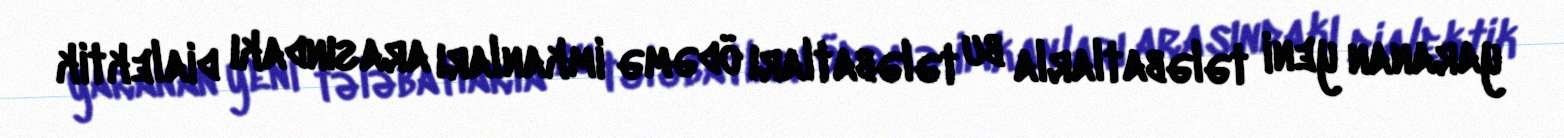
yaranan yeni tələbatlarla bu tələbatları ödəmə imkanları arasındakı dialektik